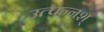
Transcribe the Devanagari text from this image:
उत्पन्नश्